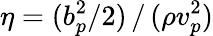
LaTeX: \eta=(b_{p}^{2}/2)\, /\, (\rho v_{p}^{2})